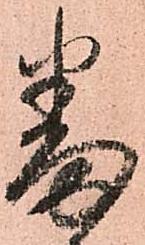
番